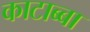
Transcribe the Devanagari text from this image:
काटाब्बा